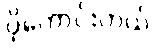
ပိုကောင်းတယ်